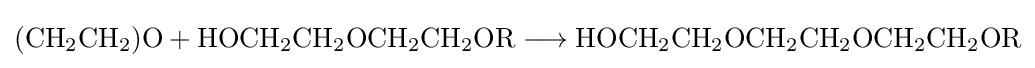
{(\mathrm {CH} {\vphantom {A}}_{\smash[{t}]{2}}\mathrm {CH} {\vphantom {A}}_{\smash[{t}]{2}})\mathrm {O} {}+{}\mathrm {HOCH} {\vphantom {A}}_{\smash[{t}]{2}}\mathrm {CH} {\vphantom {A}}_{\smash[{t}]{2}}\mathrm {OCH} {\vphantom {A}}_{\smash[{t}]{2}}\mathrm {CH} {\vphantom {A}}_{\smash[{t}]{2}}\mathrm {OR} {}\mathrel {\longrightarrow } {}\mathrm {HOCH} {\vphantom {A}}_{\smash[{t}]{2}}\mathrm {CH} {\vphantom {A}}_{\smash[{t}]{2}}\mathrm {OCH} {\vphantom {A}}_{\smash[{t}]{2}}\mathrm {CH} {\vphantom {A}}_{\smash[{t}]{2}}\mathrm {OCH} {\vphantom {A}}_{\smash[{t}]{2}}\mathrm {CH} {\vphantom {A}}_{\smash[{t}]{2}}\mathrm {OR} }